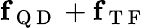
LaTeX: \textbf{f}_{\mathrm{~Q~D~}}+\textbf{f}_{\mathrm{~T~F~}}